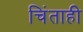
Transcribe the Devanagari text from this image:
चिंताही